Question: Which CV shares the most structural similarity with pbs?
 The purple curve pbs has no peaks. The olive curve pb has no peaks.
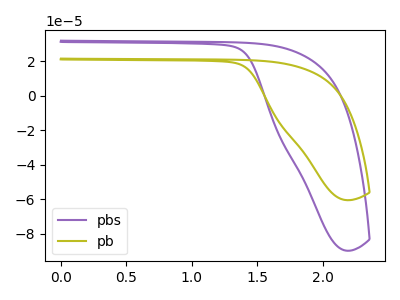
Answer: <think>Neither "pbs" or "pb" have any peaks.
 </think>
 <answer>The CV with the most similar shape to "pb" is "pbs".</answer>
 <eval>"pbs"</eval>